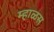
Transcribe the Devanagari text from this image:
म्हाळस